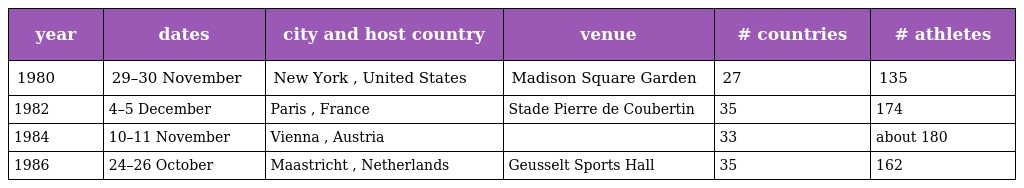
| year | dates | city and host country | venue | # countries | # athletes |
 | --- | --- | --- | --- | --- | --- |
 | 1980 | 29–30 November | New York , United States | Madison Square Garden | 27 | 135 |
 | 1982 | 4–5 December | Paris , France | Stade Pierre de Coubertin | 35 | 174 |
 | 1984 | 10–11 November | Vienna , Austria |  | 33 | about 180 |
 | 1986 | 24–26 October | Maastricht , Netherlands | Geusselt Sports Hall | 35 | 162 |